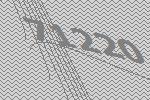
71220